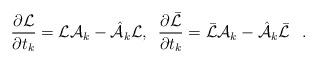
LaTeX: \begin{align*}{\partial{\cal L}\over\partial t_k}= {\cal L}{\cal A}_k-\hat{{\cal A}}_k{\cal L},\,\,\,{\partial\bar{\cal L}\over\partial t_k}=\bar {\cal L}{\cal A}_k- \hat{{\cal A}}_k \bar{\cal L} \,\,\,\;.\end{align*}